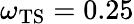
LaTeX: \omega_{\mathrm{TS}}=0.25